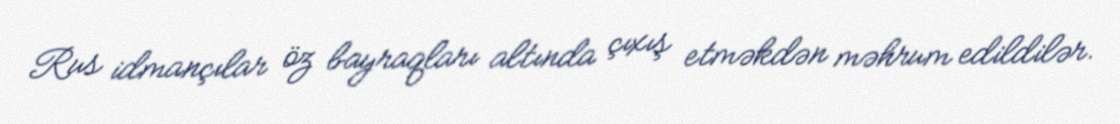
Rus idmançılar öz bayraqları altında çıxış etməkdən məhrum edildilər.